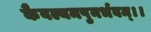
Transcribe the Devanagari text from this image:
कैवल्यमपुनर्भवम्‌।।